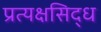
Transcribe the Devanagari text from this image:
प्रत्यक्षसिद्ध